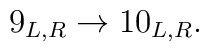
9_{L,R}\rightarrow 10_{L,R}.